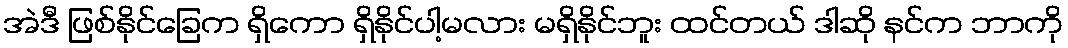
အဲဒီ ဖြစ်နိုင်ခြေက ရှိကော ရှိနိုင်ပါ့မလား မရှိနိုင်ဘူး ထင်တယ် ဒါဆို နင်က ဘာကို